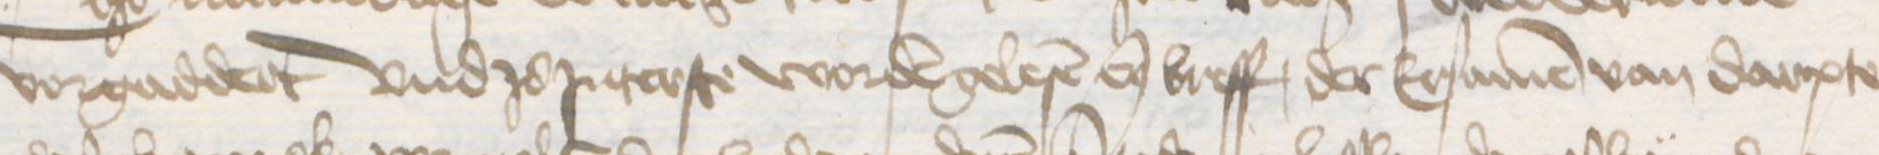
Transcription: vorgaddert und zo Jnterste worden gelesen enen breff, der Ersamen van Darpte